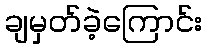
ချမှတ်ခဲ့ကြောင်း